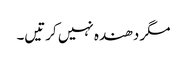
مگر دھندہ نہیں کرتیں۔